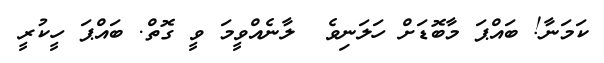
ކަމަނާ! ބައްޕަ މާބޮޑަށް ހަލަނިވެ  ލާނެއްވީމަ ވީ ގޮތް. ބައްޕަ ހީކުރީ